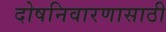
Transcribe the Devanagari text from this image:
दोषनिवारणासाठी